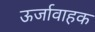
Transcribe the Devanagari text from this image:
ऊर्जावाहक